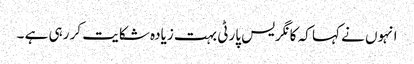
انہوں نے کہا کہ کانگریس پارٹی بہت زیادہ شکایت کر رہی ہے ۔